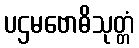
ပဌမဗောဓိသုတ္တံ